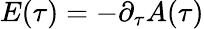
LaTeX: E(\tau)=-\partial_{\tau}A(\tau)